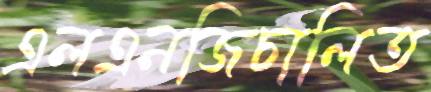
এলএনজিচালিত